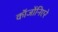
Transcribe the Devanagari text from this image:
कॉजोंनिएरे